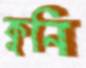
কুনি